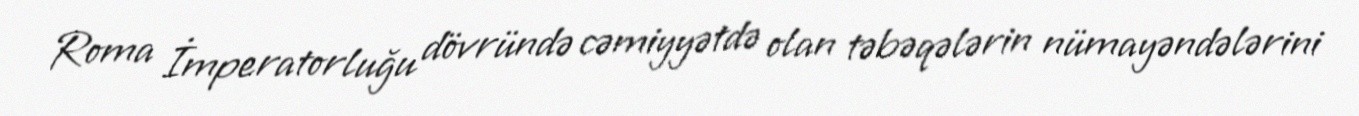
Roma İmperatorluğu dövründə cəmiyyətdə olan təbəqələrin nümayəndələrini